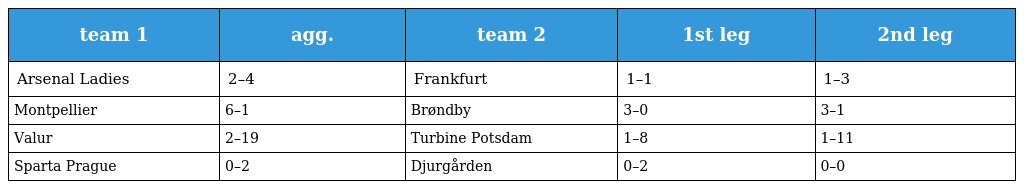
| team 1 | agg. | team 2 | 1st leg | 2nd leg |
 | --- | --- | --- | --- | --- |
 | Arsenal Ladies | 2–4 | Frankfurt | 1–1 | 1–3 |
 | Montpellier | 6–1 | Brøndby | 3–0 | 3–1 |
 | Valur | 2–19 | Turbine Potsdam | 1–8 | 1–11 |
 | Sparta Prague | 0–2 | Djurgården | 0–2 | 0–0 |